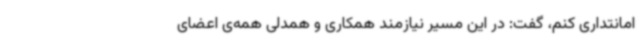
امانتداری کنم، گفت: در این مسیر نیازمند همکاری و همدلی همه‌ی اعضای